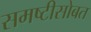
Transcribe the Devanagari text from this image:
समष्टीसोबत